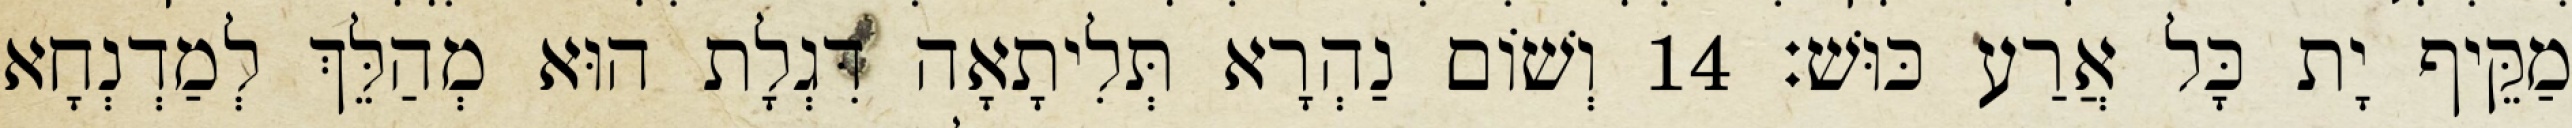
מַקֵּיף יָת כָּל אֲרַע כּוּשׁ׃ 14 וְשׁוֹם נַהְרָא תְּלִיתָאָה דִּגְלָת הוּא מְהַלֵּךְ לְמַדְנְחָא